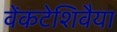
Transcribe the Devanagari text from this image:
वेंकटेशिवैया